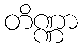
တိဏ္ဏာ